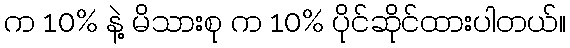
က 10% နဲ့ မိသားစု က 10% ပိုင်ဆိုင်ထားပါတယ်။